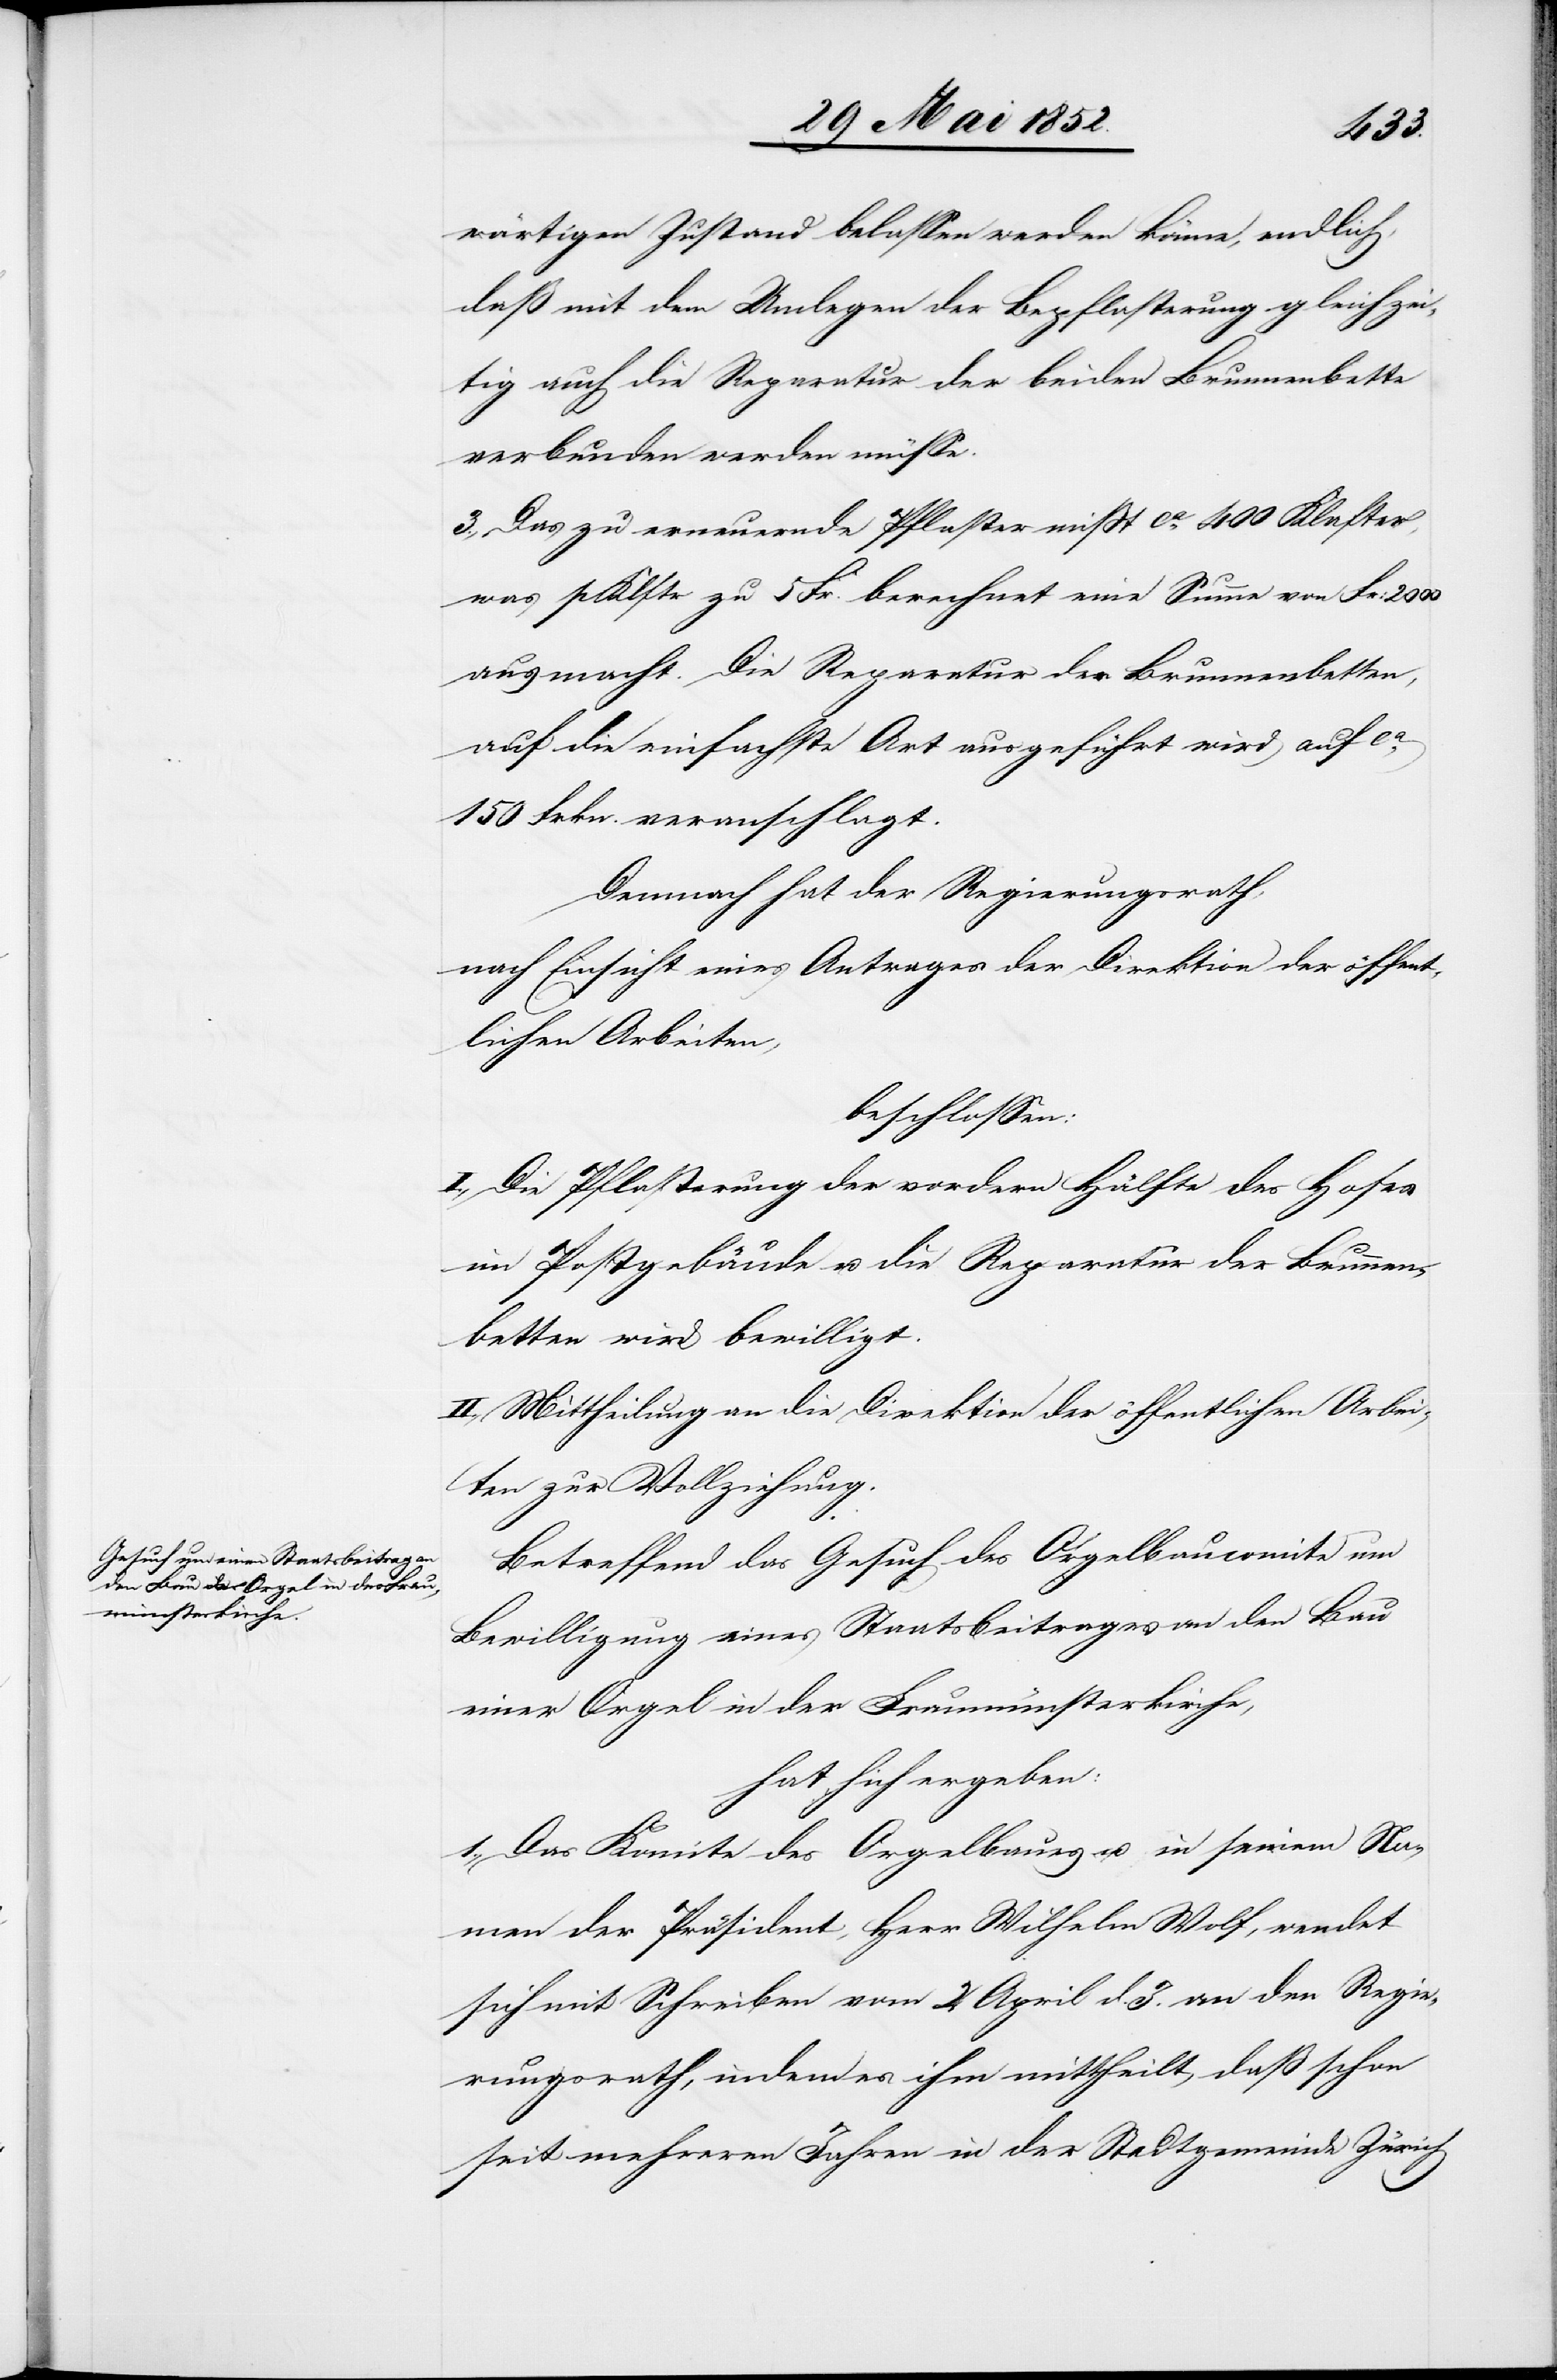
wärtigen Zustand belassen werden könne, endlich,
daß mit dem Umlegen der Bepflasterung gleichzei¬
tig auch die Reparatur der beiden Brunnenbette
verbunden werden müsse.
3., Das zu erneuernde Pflaster misst ca. 400 Klafter,
was p Klftr zu 5 Fr. berechnet eine Summe von Fr:
ausmacht. Die Reparatur der Brunnenbetten,
auf die einfachste Art ausgeführt wird auf ca.
150 Frkn. veranschlagt.
Demnach hat der Regierungsrath,
nach Einsicht eines Antrages der Direktion der öffent¬
lichen Arbeiten,
beschlossen:
I., Die Pflasterung der vordern Hälfte des Hofes
im Postgebäude u. die Reparatur der Brunnen¬
betten wird bewilligt.
II., Mittheilung an die Direktion der öffentlichen Arbei¬
ten zur Vollziehung.
Betreffend das Gesuch des Orgelbaucomite um
Bewilligung eines Staatsbeitrages an den Bau
einer Orgel in der Fraumünsterkirche,
hat sich ergeben:
1., Das Komite des Orgelbaues u. in seinem Na¬
men der Präsident, Herr Wilhelm Wolf, wendet
sich mit Schreiben vom 2 April d. J. an den Regie¬
rungsrath, indem es ihm mittheilt, daß schon
seit mehreren Jahren in der Stadtgemeinde Zürich